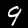
Digit: 9